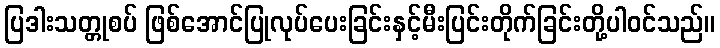
ပြဒါးသတ္တုစပ် ဖြစ်အောင်ပြုလုပ်ပေးခြင်းနှင့်မီးပြင်းတိုက်ခြင်းတို့ပါဝင်သည်။